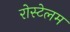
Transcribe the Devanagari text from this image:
रोस्टेलम